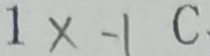
1 \times - 1 C